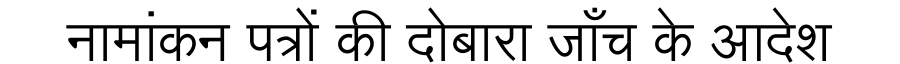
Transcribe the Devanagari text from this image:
नामांकन पत्रों की दोबारा जाँच के आदेश